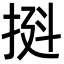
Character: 𫼼